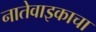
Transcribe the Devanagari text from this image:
नातेवाइकाचा